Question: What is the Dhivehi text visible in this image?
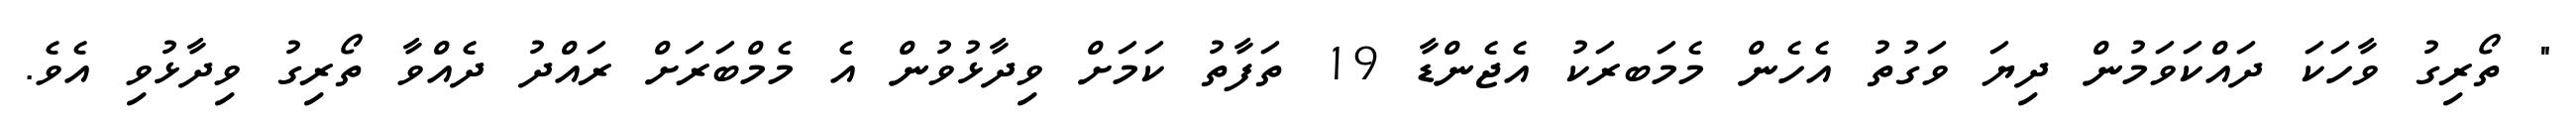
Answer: " ތޯރިގު ވާހަކަ ދައްކަވަމުން ދިޔަ ވަގުތު އެހެން މެމަބރަކު އެޖެންޑާ 19 ތަފާތު ކަމަށް ވިދާޅުވުން އެ މެމްބަރަށް ރައްދު ދެއްވާ ތޯރިގު ވިދާޅުވި އެވެ.